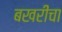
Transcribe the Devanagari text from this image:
बखरींचा